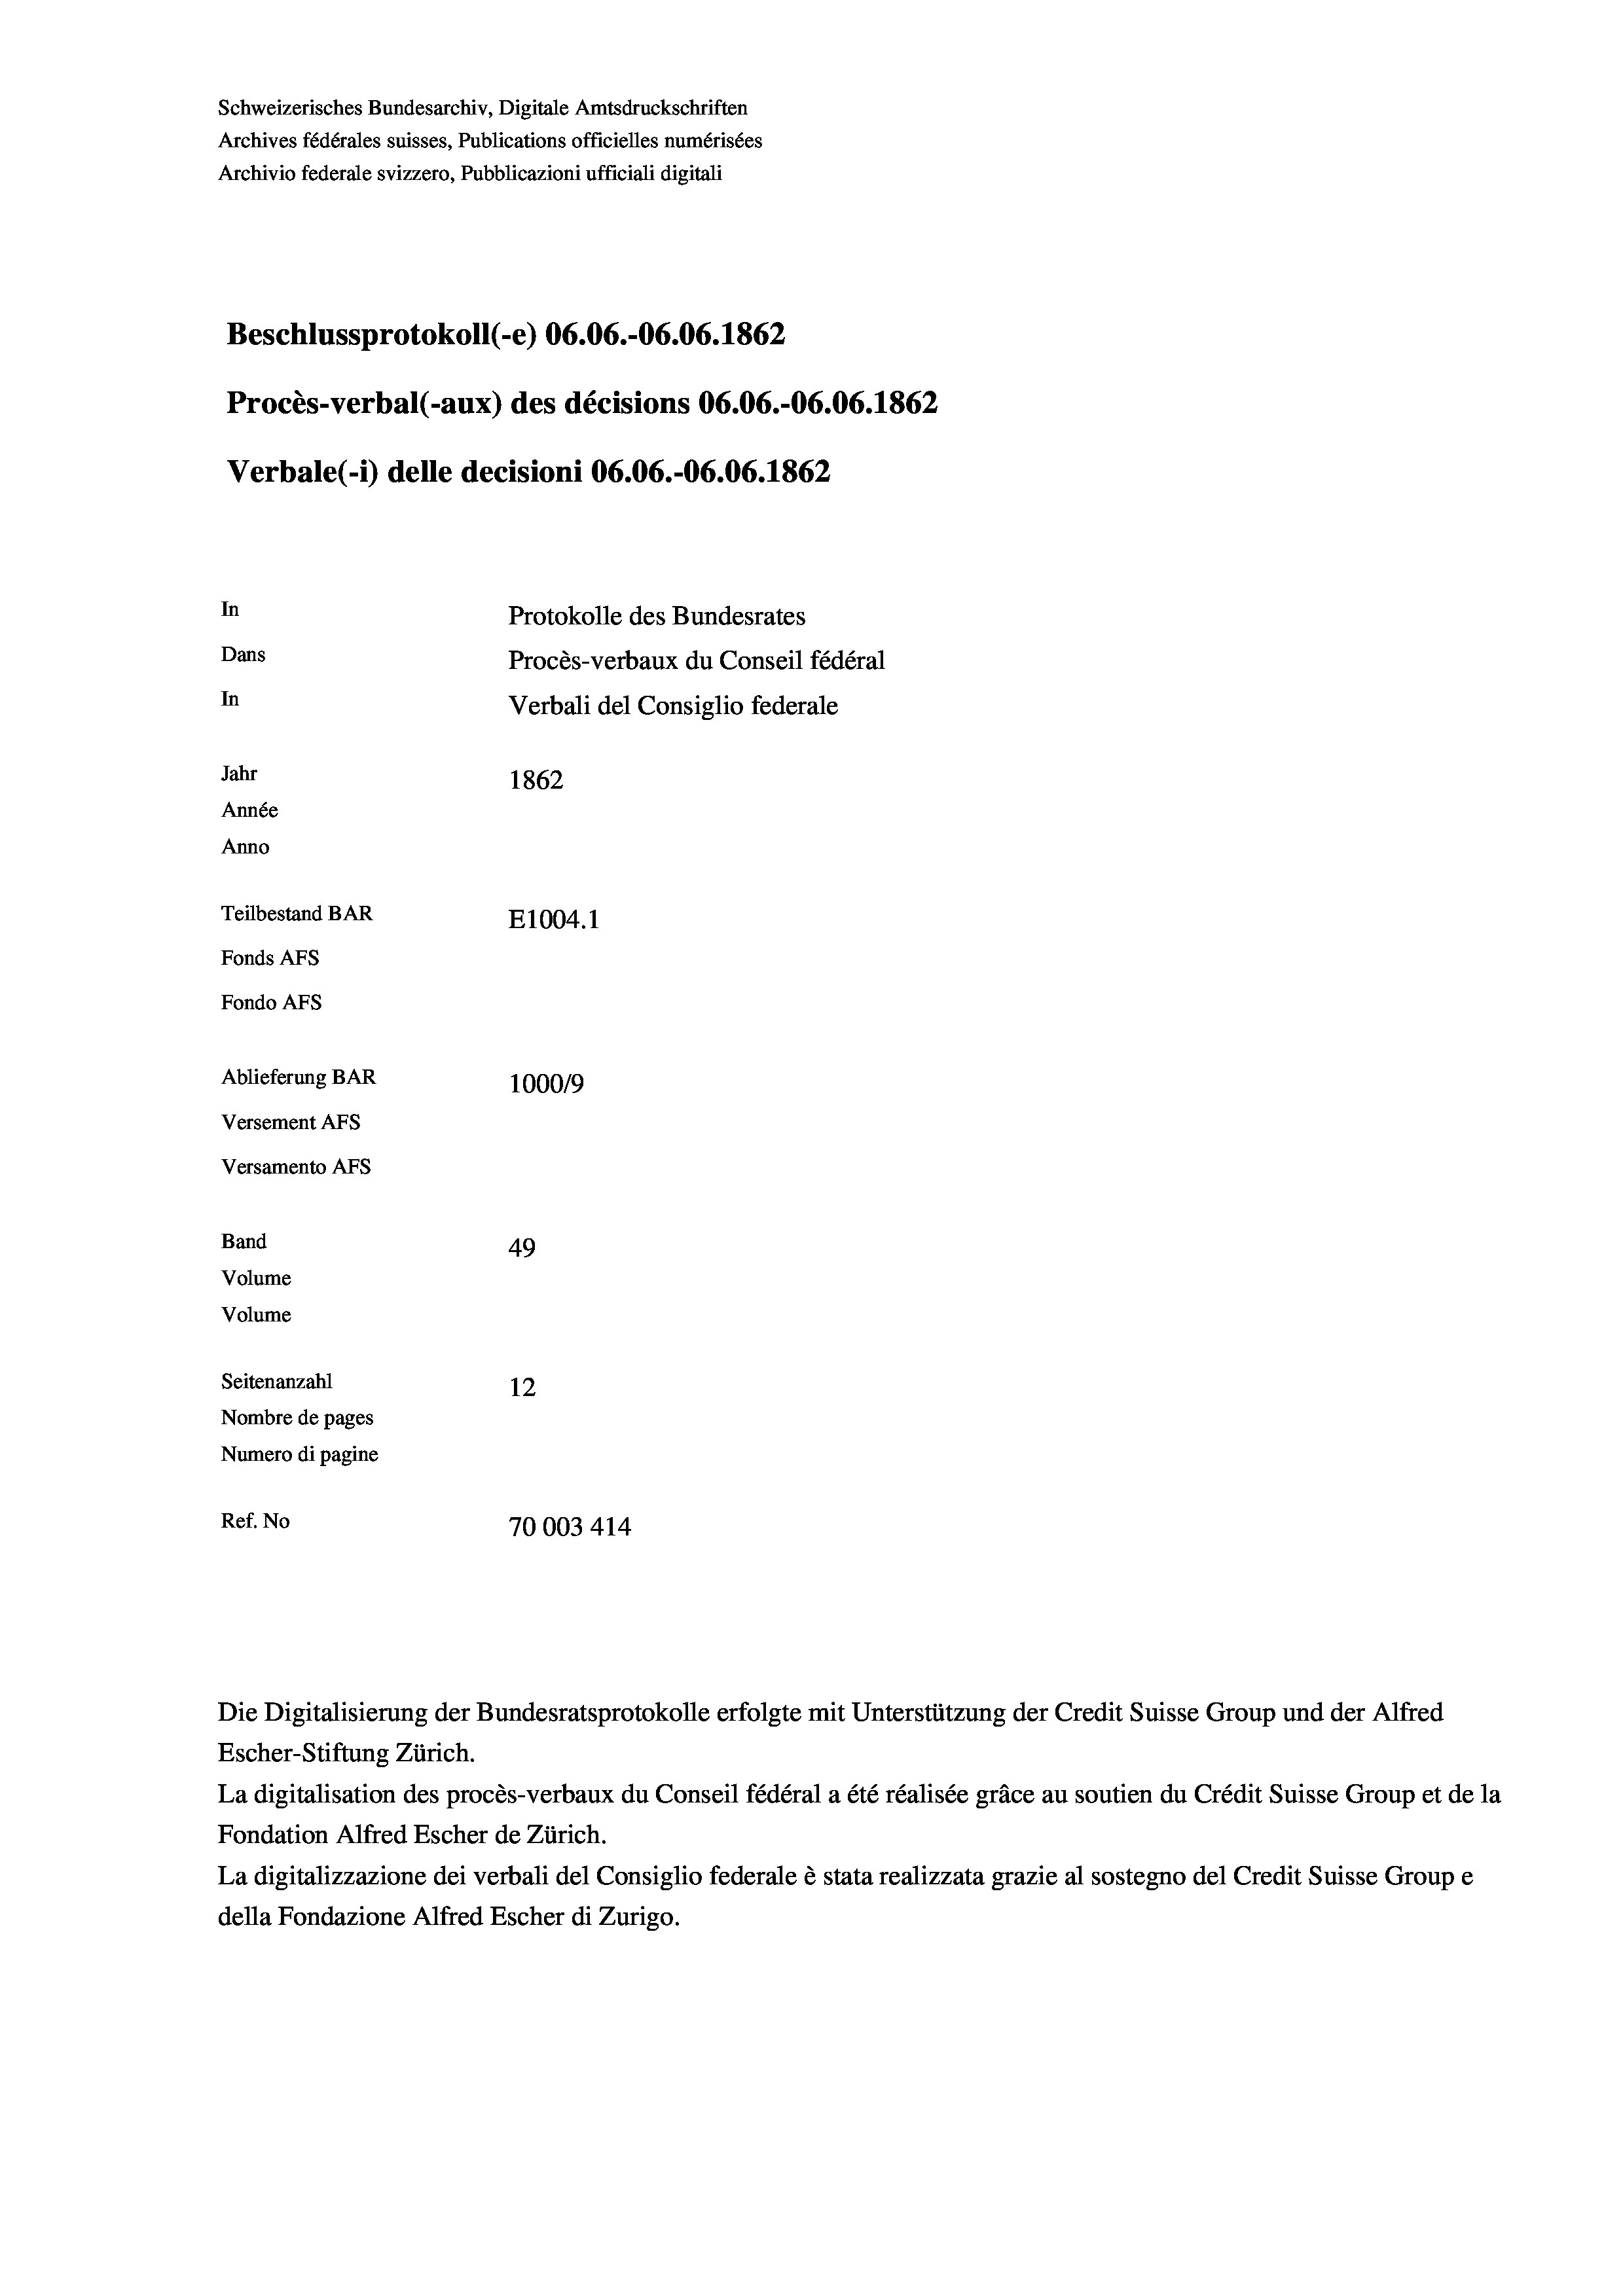
Schweizerisches Bundesarchiv, Digitale Amtsdruckschriften
Archives fédérales suisses, Publications officielles numérisées
Archivio federale svizzero, Pubblicazioni ufficiali digitali
Beschlussprotokoll (-e) 06.06.-06.06. 1862
Procès-verbal (-aux) des décisions 06.06.-06.06. 1862
Verbale (i) delle decisioni 06.06.-06.06. 1862
In
Protokolle des Bundesrates
Dans
Procès-verbaux du Conseil fédéral
In
Verbali del Consiglio federale
Jahr
1862
Année
Anno
Teilbestand BAR
E1004. 1
Fonds AFs
Fondo Afs
Ablieferung BAR
100019
Versement Ans
Versamento Afs
Band
49
Volume
Volume
Seitenanzahl
12

Nombre de pages
Numero di pagine
Ref. No
70003 414

Escher-Stiftung Zürich.
La digitalisation des procès-verbaux du Conseil fédéral a été réalisée gräce au soutien du Crédit Suisse Group et de la
Fondation Alfred Escher de Zürich.
La digitalizzazione dei verbali del Consiglio federale è stata realizzata grazie al sostegno del Credit Suisse Groupe
della Fondazione Alfred Escher di Zurigo.

Die Digitalisierung der Bundesratsprotokolle erfolgte mit Unterstützung der Credit Suisse Group und der Alfred